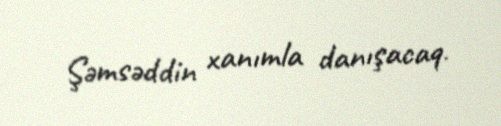
Şəmsəddin xanımla danışacaq.